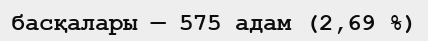
басқалары — 575 адам (2,69 %)